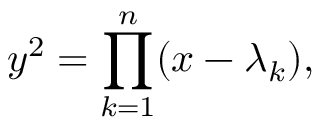
y ^ { 2 } = \prod _ { k = 1 } ^ { n } ( x - \lambda _ { k } ) ,